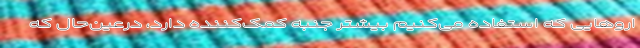
اروهایی که استفاده می‌کنیم بیشتر جنبه کمک‌کننده دارد، درعین‌حال که